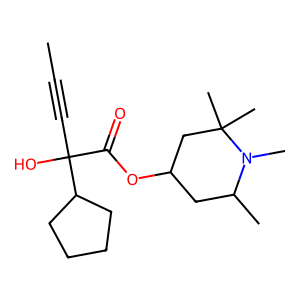
SMILES: CC#CC(O)(C(=O)OC1CC(C)N(C)C(C)(C)C1)C1CCCC1
Inhibits HIV replication: No